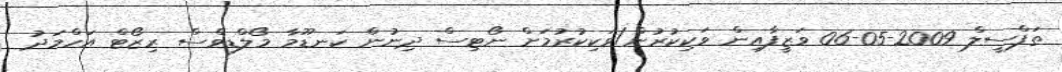
ތަފްސީލް 2009-05-06 ވަޒީފާއިން ވަކިކުރުން/ވަކިކުރުމަށް ނޯޓިސް ދިނުން ކަނޑޫމާ މޯލްޑިވްސް ރިޒޯޓް އަހްމަދު